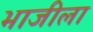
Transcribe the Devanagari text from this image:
भाजीला